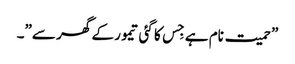
”حمیت نام ہے جِس کا گئی تیمور کے گھر سے”۔